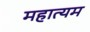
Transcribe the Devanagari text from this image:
महात्यम